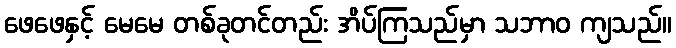
ဖေဖေနှင့် မေမေ တစ်ခုတင်တည်း အိပ်ကြသည်မှာ သဘာဝ ကျသည်။